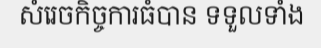
សំរេចកិច្ចការធំបាន ទទួលទាំង